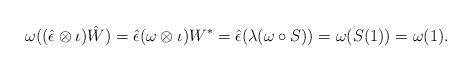
LaTeX: \begin{align*}\omega((\hat \epsilon \otimes \iota )\hat W) = \hat \epsilon(\omega \otimes \iota)W^* = \hat \epsilon(\lambda(\omega \circ S)) = \omega(S(1)) = \omega(1).\end{align*}